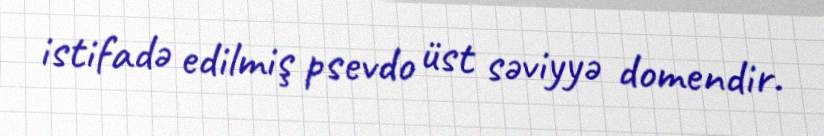
istifadə edilmiş psevdo üst səviyyə domendir.